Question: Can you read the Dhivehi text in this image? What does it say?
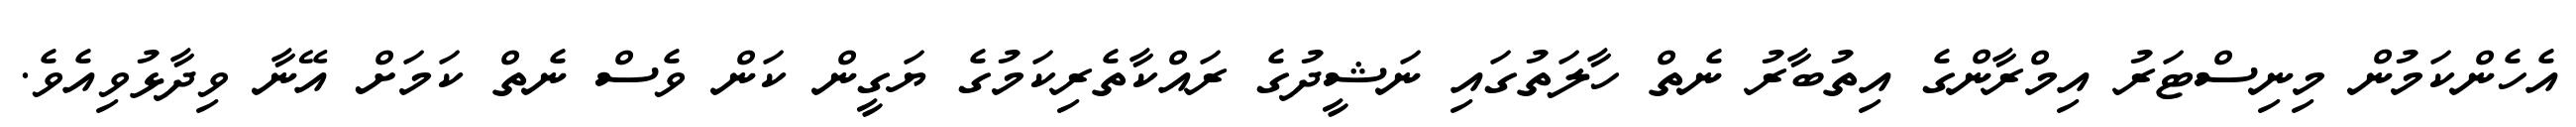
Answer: އެހެންކަމުން މިނިސްޓަރު އިމްރާންގެ އިތުބާރު ނެތް ހާލަތުގައި ނަޝީދުގެ ރައްކާތެރިކަމުގެ ޔަގީން ކަން ވެސް ނެތް ކަމަށް އޭނާ ވިދާޅުވިއެވެ.